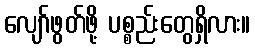
လျော်ဖွတ်ဖို့ ပစ္စည်းတွေရှိလား။